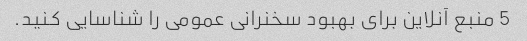
5 منبع آنلاین برای بهبود سخنرانی عمومی را شناسایی کنید.